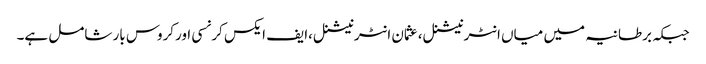
جبکہ برطانیہ میں میاں انٹرنیشنل،عثمان انٹرنیشنل،ایف ایکس کرنسی اورکروس بار شامل ہے۔